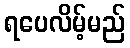
ရပေလိမ့်မည်